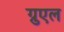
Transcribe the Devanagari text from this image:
ग्रुएल